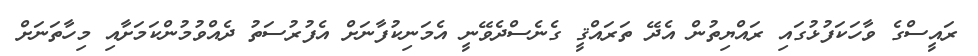
ރައީސްގެ ވާހަކަފުޅުގައި ރައްޔިތުން އެދޭ ތަރައްޤީ ގެނެސްދެވޭނީ އެމަނިކުފާނަށް އެފުރުސަތު ދެއްވުމުންކަމަށާއި މިހާތަނަށް